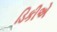
ડિકીએ